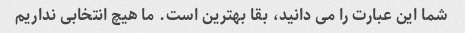
شما این عبارت را می دانید، بقا بهترین است. ما هیچ انتخابی نداریم